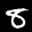
Label: 8